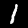
Digit: 1